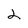
Character: 2